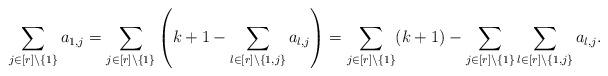
LaTeX: \begin{align*} \sum_{j \in [r] \setminus \{ 1 \}} a_{1,j} = \sum_{j \in [r] \setminus \{ 1 \}} \left( k+1 - \sum_{l \in [r] \setminus \{ 1,j \}} a_{l,j} \right) = \sum_{j \in [r] \setminus \{ 1 \}} (k+1) - \sum_{j \in [r] \setminus \{ 1 \}} \sum_{l \in [r] \setminus \{ 1,j \}} a_{l,j}.\end{align*}